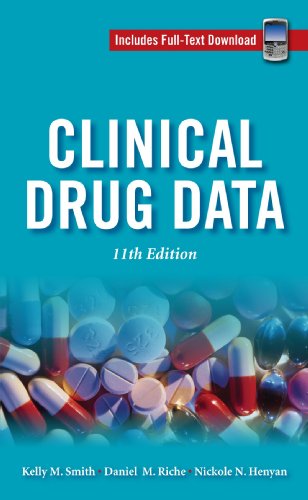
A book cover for Clinical Drug Data, 11th Edition; Kelly Smith; Medical Books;